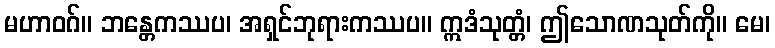
မဟာဝဂ်။ ဘန္တေကဿပ၊ အရှင်ဘုရားကဿပ။ ဣဒံသုတ္တံ၊ ဤသောဏသုတ်ကို။ မေ၊